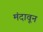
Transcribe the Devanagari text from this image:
मंदावून